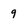
Character: 9